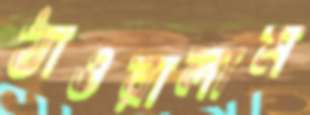
ঠাওরালাম